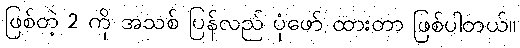
ဖြစ်တဲ့ 2 ကို အသစ် ပြန်လည် ပုံဖော် ထားတာ ဖြစ်ပါတယ်။